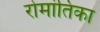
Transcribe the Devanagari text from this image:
रोमांतिका